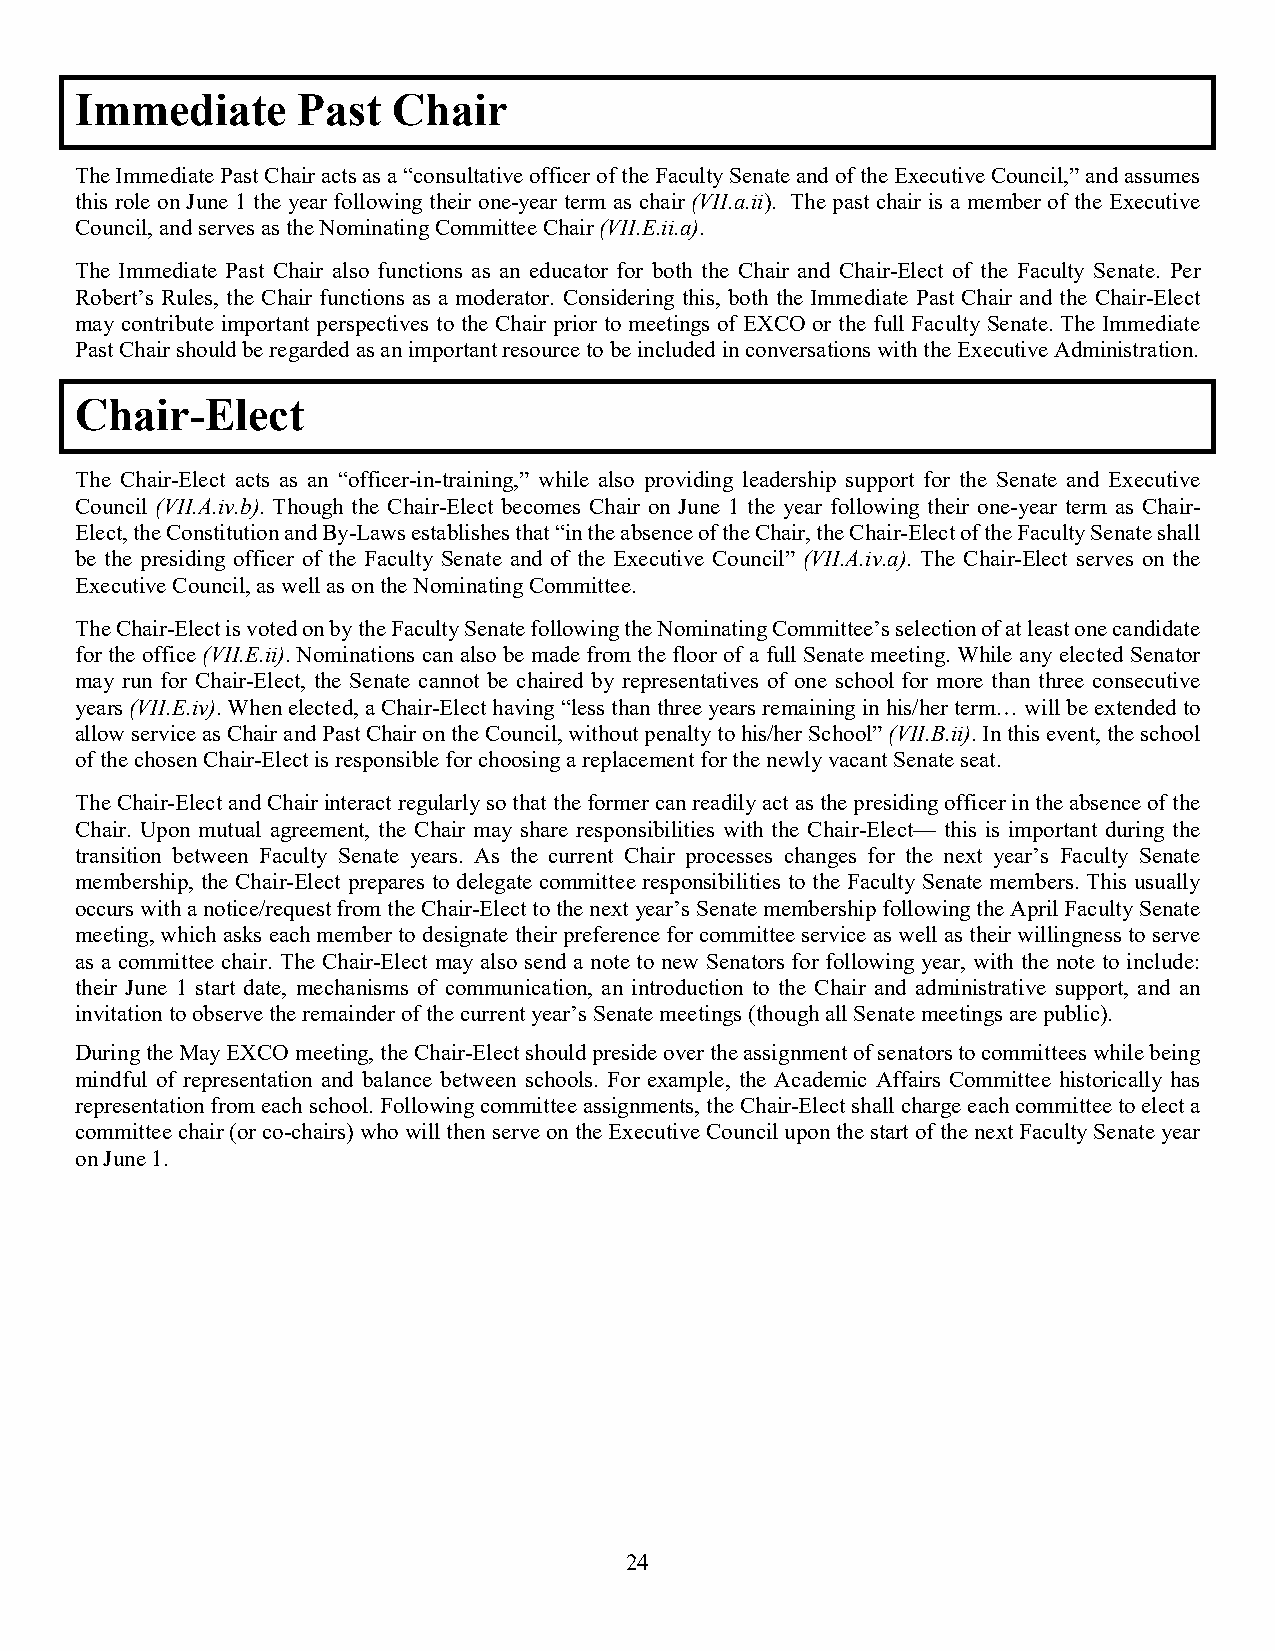
Immediate      Past  Chair
 The Immediate Past Chair acts as a “consultative officer of the Faculty Senate and of the Executive Council,” and assumes
 this role on June 1 the year following their one-year term as chair (VII.a.ii). The past chair is a member of the Executive
 Council, and serves as the Nominating Committee Chair (VII.E.ii.a).
 The Immediate Past Chair also functions as an educator for both the Chair and Chair-Elect of the Faculty Senate. Per
 Robert’s Rules, the Chair functions as a moderator. Considering this, both the Immediate Past Chair and the Chair-Elect
 may contribute important perspectives to the Chair prior to meetings of EXCO or the full Faculty Senate. The Immediate
 Past Chair should be regarded as an important resource to be included in conversations with the Executive Administration.
 Chair-Elect
 The Chair-Elect acts as an “officer-in-training,” while also providing leadership support for the Senate and Executive
 Council (VII.A.iv.b). Though the Chair-Elect becomes Chair on June 1 the year following their one-year term as Chair-
 Elect, the Constitution and By-Laws establishes that “in the absence of the Chair, the Chair-Elect of the Faculty Senate shall
 be the presiding officer of the Faculty Senate and of the Executive Council” (VII.A.iv.a). The Chair-Elect serves on the
 Executive Council, as well as on the Nominating Committee.
 The Chair-Elect is voted on by the Faculty Senate following the Nominating Committee’s selection of at least one candidate
 for the office (VII.E.ii). Nominations can also be made from the floor of a full Senate meeting. While any elected Senator
 may run for Chair-Elect, the Senate cannot be chaired by representatives of one school for more than three consecutive
 years (VII.E.iv). When elected, a Chair-Elect having “less than three years remaining in his/her term… will be extended to
 allow service as Chair and Past Chair on the Council, without penalty to his/her School” (VII.B.ii). In this event, the school
 of the chosen Chair-Elect is responsible for choosing a replacement for the newly vacant Senate seat.
 The Chair-Elect and Chair interact regularly so that the former can readily act as the presiding officer in the absence of the
 Chair. Upon mutual agreement, the Chair may share responsibilities with the Chair-Elect— this is important during the
 transition between Faculty Senate years. As the current Chair processes changes for the next year’s Faculty Senate
 membership, the Chair-Elect prepares to delegate committee responsibilities to the Faculty Senate members. This usually
 occurs with a notice/request from the Chair-Elect to the next year’s Senate membership following the April Faculty Senate
 meeting, which asks each member to designate their preference for committee service as well as their willingness to serve
 as a committee chair. The Chair-Elect may also send a note to new Senators for following year, with the note to include:
 their June 1 start date, mechanisms of communication, an introduction to the Chair and administrative support, and an
 invitation to observe the remainder of the current year’s Senate meetings (though all Senate meetings are public).
 During the May EXCO meeting, the Chair-Elect should preside over the assignment of senators to committees while being
 mindful of representation and balance between schools. For example, the Academic Affairs Committee historically has
 representation from each school. Following committee assignments, the Chair-Elect shall charge each committee to elect a
 committee chair (or co-chairs) who will then serve on the Executive Council upon the start of the next Faculty Senate year
 on June 1.
 24